Lunatic asylums Central Provinces reports 1895-1909 - 1895-1909
Year: 1895
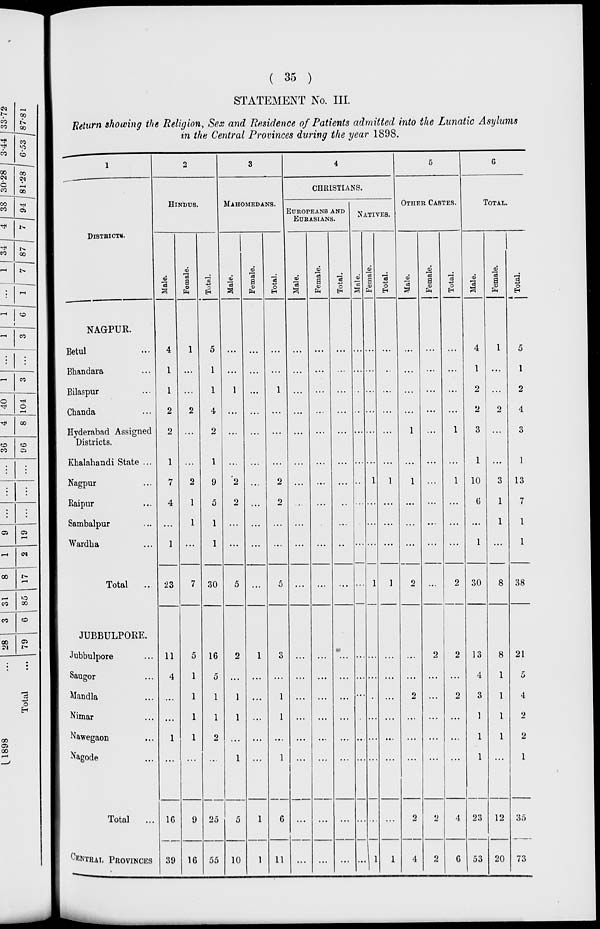
( 35 )
STATEMENT No. III.
Return showing the Religion, Sex and Residence of Patients admitted into the Lunatic Asylums
in the Central Provinces during the year 1898.
1
DISTRICTS.
NAGPUR.
Betul ..
Bhandara ...
Bilaspur ...
Chanda ...
Hyderabad Assigned
Districts.
Khalahandi State ...
Nagpur ...
Raipur ...
Sambalpur ...
Wardha ...
Total ...
JUBBULPORE.
Jubbulpore ...
Saugor ...
Mandla ...
Nimar ...
Nawegaon ...
Nagode ...
Total
...
CENTRAL PROVINCES
2
HINDUS.
Male.
4
1
1
2
2
1
7
4
...
1
23
11
4
...
...
1
...
16
39
Female.
1
...
...
2
...
...
2
1
1
...
7
5
1
1
1
1
...
9
16
Total.
5
1
1
4
2
1
9
5
1
1
30
16
5
1
1
2
...
25
55
3
MAHOMEDANS.
Male.
...
...
1
...
...
...
2
2
...
...
5
2
...
1
1
...
1
5
10
Female.
...
...
...
...
...
...
...
...
...
...
...
1
...
...
...
...
...
1
1
Total.
...
...
1
...
...
...
2
2
...
...
5
...
...
1
1
...
1
6
11
4
CHRISTIANS.
EUROPEANS AND
EURASIANS.
Male.
...
...
...
...
...
...
...
...
...
...
...
...
...
...
...
...
...
...
...
Female.
...
...
...
...
...
...
...
...
...
...
...
...
...
...
...
...
...
...
...
Total.
...
...
...
...
...
...
...
...
...
...
...
...
...
...
...
...
...
...
...
NATIVES.
Male.
...
...
...
...
...
...
...
...
...
...
...
...
...
...
...
...
...
...
...
Female.
...
...
...
...
...
...
1
...
...
...
1
...
...
...
...
...
...
...
1
Total.
...
...
...
...
...
...
1
...
...
...
1
...
...
...
...
...
...
...
1
5
OTHER CASTES.
Male.
...
...
...
...
1
...
1
...
...
...
2
...
...
2
...
...
...
2
4
Female.
...
...
...
...
...
...
...
...
...
...
...
2
...
...
...
...
...
2
2
Total.
...
...
...
...
1
...
1
...
...
...
2
2
2
...
...
4
6
6
TOTAL.
Male.
4
1
2
2
3
1
10
6
...
1
30
13
4
3
1
1
1
23
53
Female.
1
...
...
2
...
...
3
1
1
...
8
8
1
1
1
1
...
12
20
Total.
5
1
2
4
3
1
13
7
1
1
38
21
5
4
2
2
1
35
73